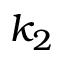
k _ { 2 }